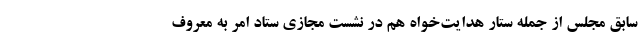
سابق مجلس از جمله ستار هدایت‌خواه هم در نشست مجازی ستاد امر به معروف